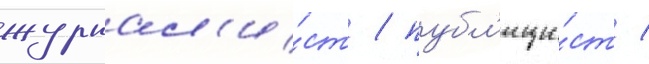
журнал'и́ст / публ'ици́ст /